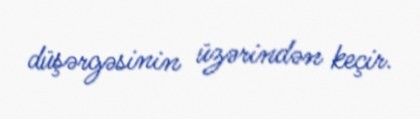
düşərgəsinin üzərindən keçir.